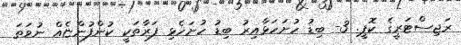
ރަޖިސްޓަރީގެ ކޮޕީ. 3- ބިޑު ހުށަހަޅާއިރު ބިޑު ހުށަހެޅި ފަރާތަކީ ކުންފުންޏެއް ނުވަތަ